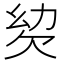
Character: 𣢢